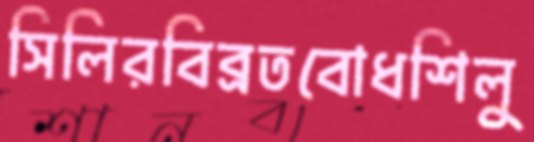
সিলিরবিব্রতবোধশিলু